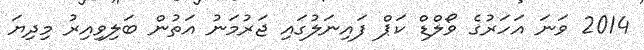
2014 ވަނަ އަހަރުގެ ވޯލްޑް ކަޕް ފައިނަލުގައި ޖަރުމަނު އަތުން ބަލިވިއިރު މިދިޔަ